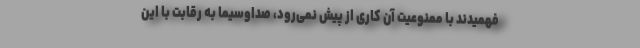
فهمیدند با ممنوعیت آن کاری از پیش نمی‌رود، صداوسیما به رقابت با این